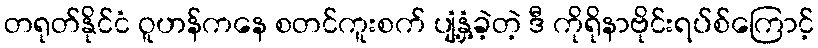
တရုတ်နိုင်ငံ ဝူဟန်ကနေ စတင်ကူးစက် ပျံ့နှံ့ခဲ့တဲ့ ဒီ ကိုရိုနာဗိုင်းရပ်စ်ကြောင့်